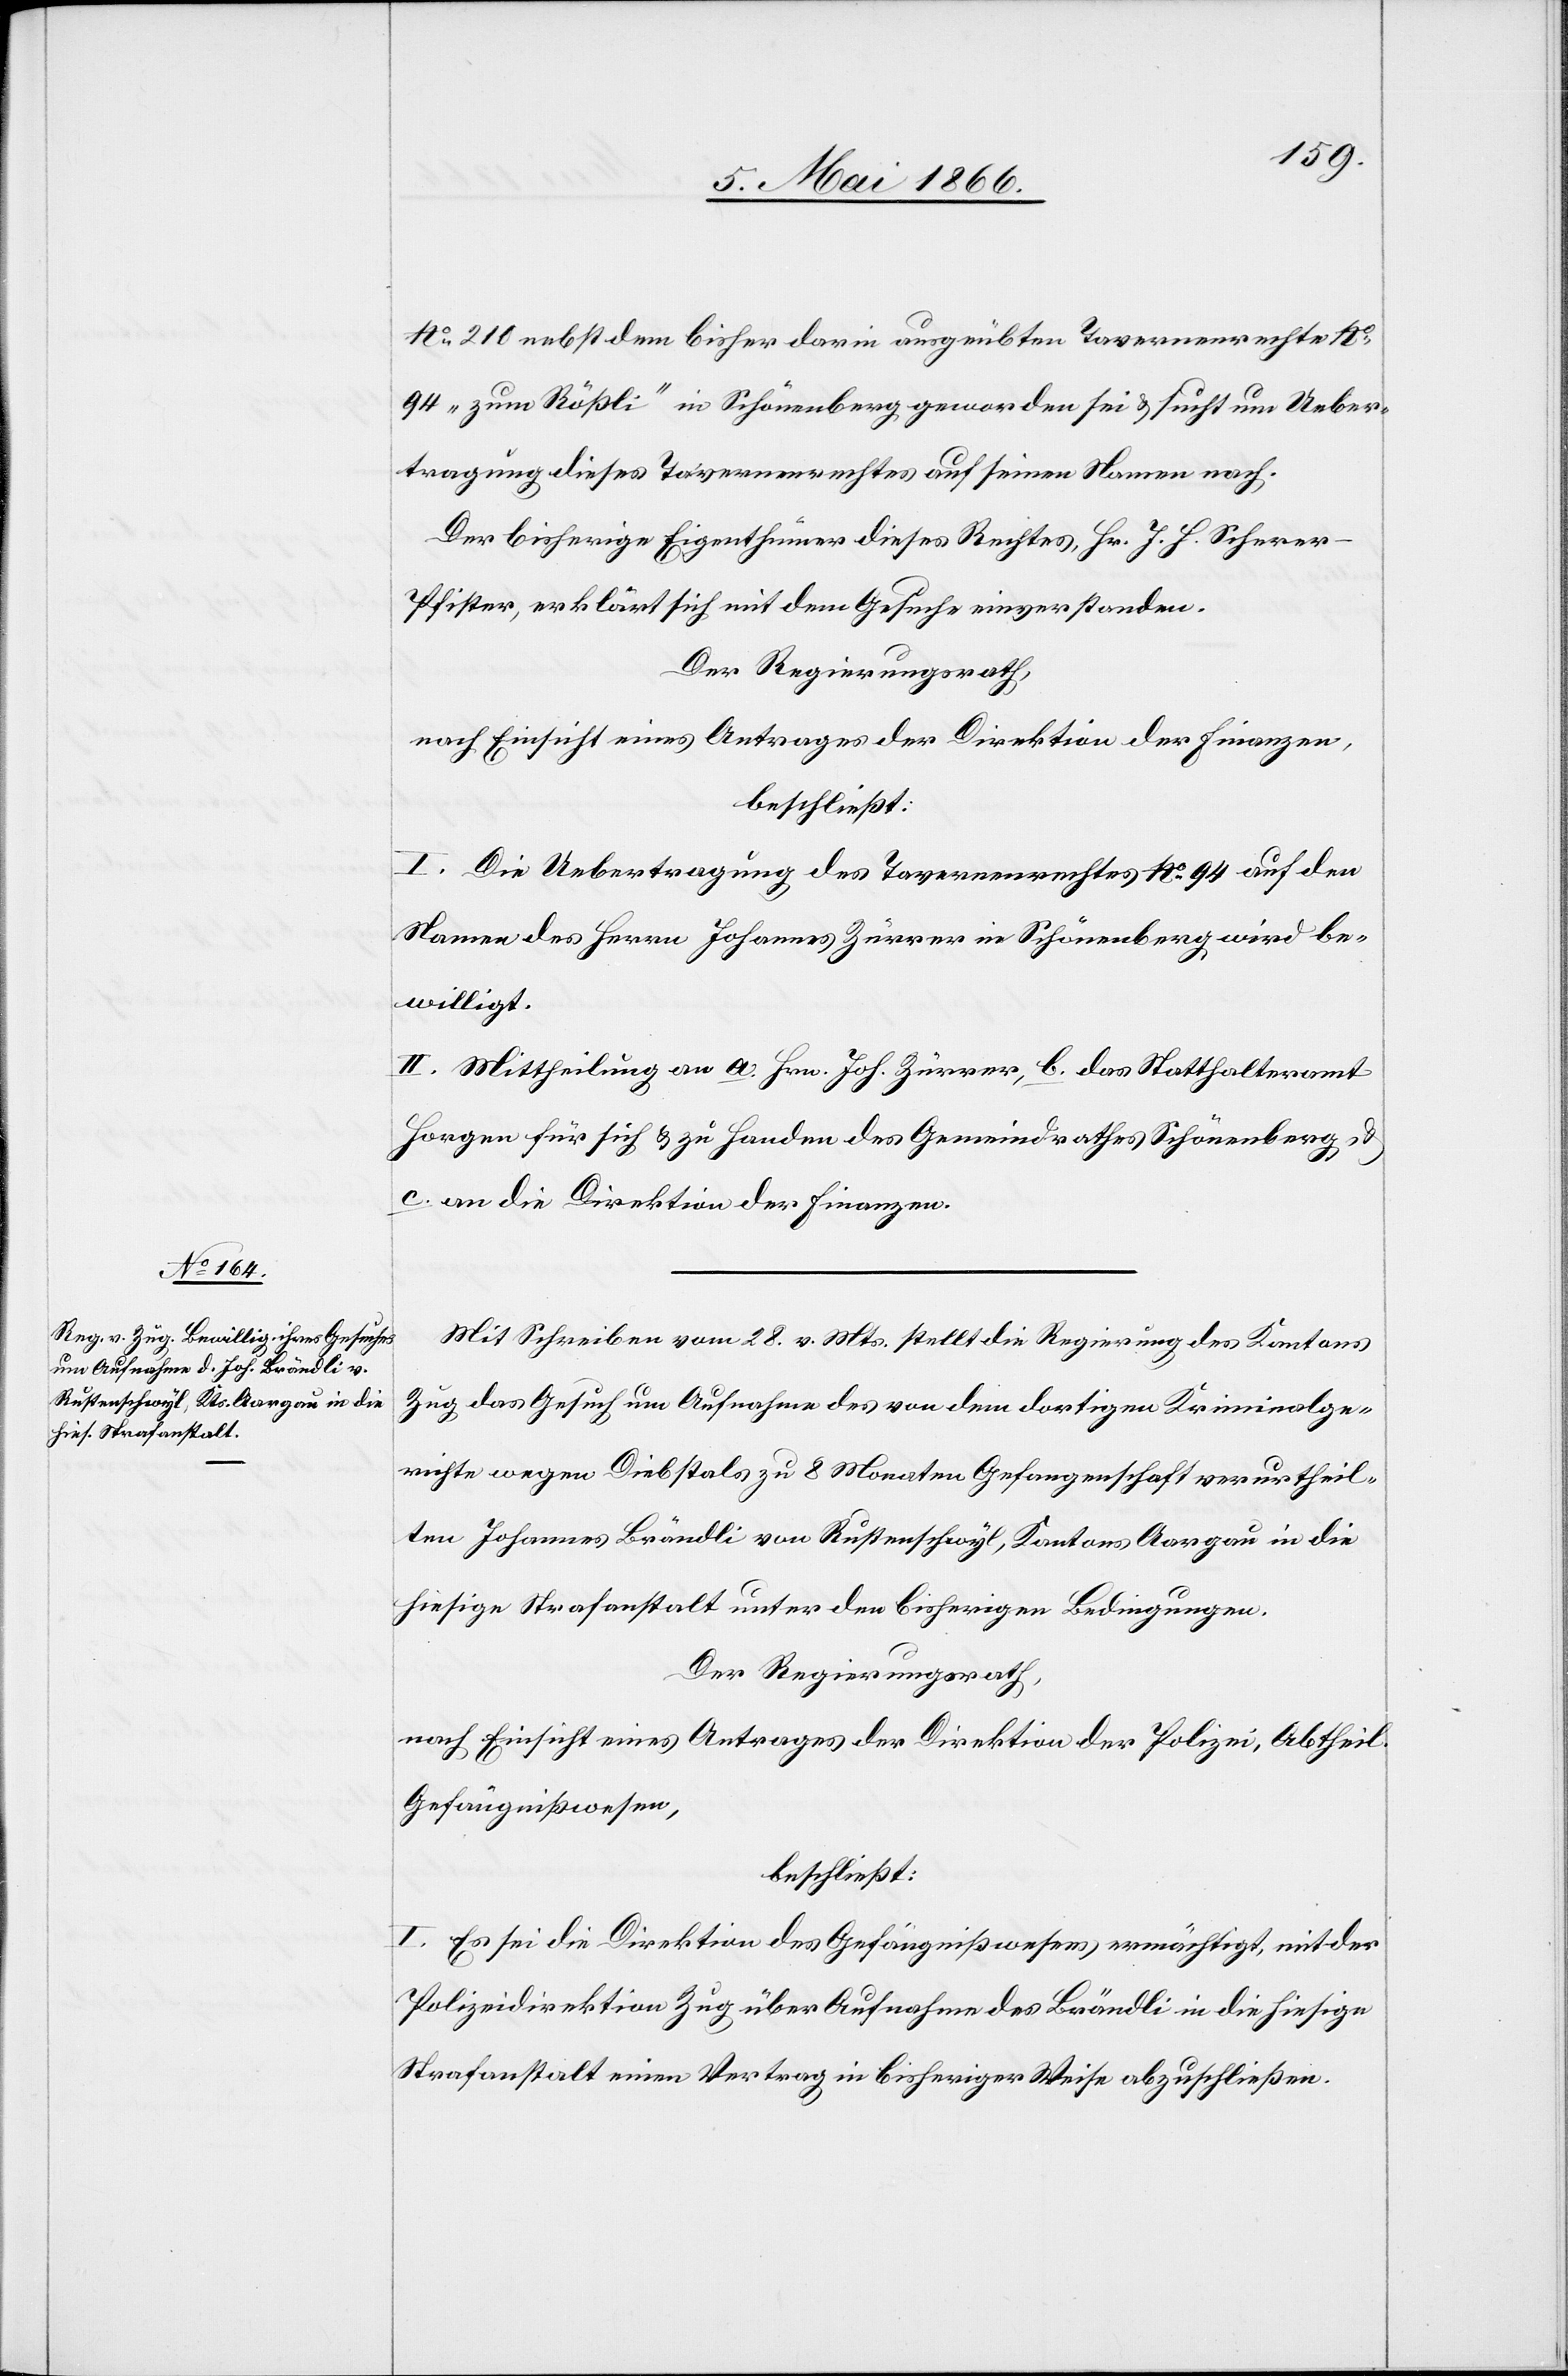
No. 210 nebst dem bisher darin ausgeübten Tavernenrechte No.
94 „zum Rößli“ in Schönenberg geworden sei u. sucht um Ueber¬
tragung dieses Tavernenrechtes auf seinen Namen nach.
Der bisherige Eigenthümer dieses Rechtes, Hr. J. H. Schere¬
r-Pfister, erklärt sich mit dem Gesuche einverstanden.
Der Regierungsrath,
nach Einsicht eines Antrages der Direktion der Finanzen,
beschließt:
I. Die Uebertragung des Tavernenrechtes No. 94 auf den
Namen des Herrn Johannes Zürrer in Schönenberg wird be¬
willigt.
II. Mittheilung an a. Hrn. Joh. Zürrer, b. das Statthalteramt
Horgen für sich u. zu Handen des Gemeindrathes Schönenberg u.
c. an die Direktion der Finanzen.
Mit Schreiben vom 28. v. Mts stellt die Regierung des Kantons
Zug das Gesuch um Aufnahme des von dem dortigen Kriminalge¬
richte wegen Diebstals zu 8 Monaten Gefangenschaft verurtheil¬
ten Johannes Brändli von Rustenschwyl, Kantons Aargau in die
hiesige Strafanstalt unter den bisherigen Bedingungen.
Der Regierungsrath,
nach Einsicht eines Antrages der Direktion der Polizei, Abtheil.
Gefängnißwesen,
beschließt:
I. Es sei die Direktion des Gefängniswesens ermächtigt, mit der
Polizeidirektion Zug über Aufnahme des Brändli in die hiesige
Strafanstalt einen Vertrag in bisheriger Weise abzuschließen.